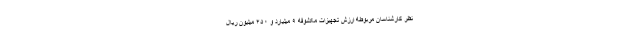
نظر کارشناسان مربوطه ارزش تجهیزات مکشوفه ۹ میلیارد و ۴۵۰ میلیون ریال